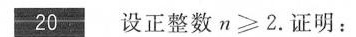
20 设正整数$n ≥ 2$$.证明：